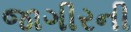
જાગીરની